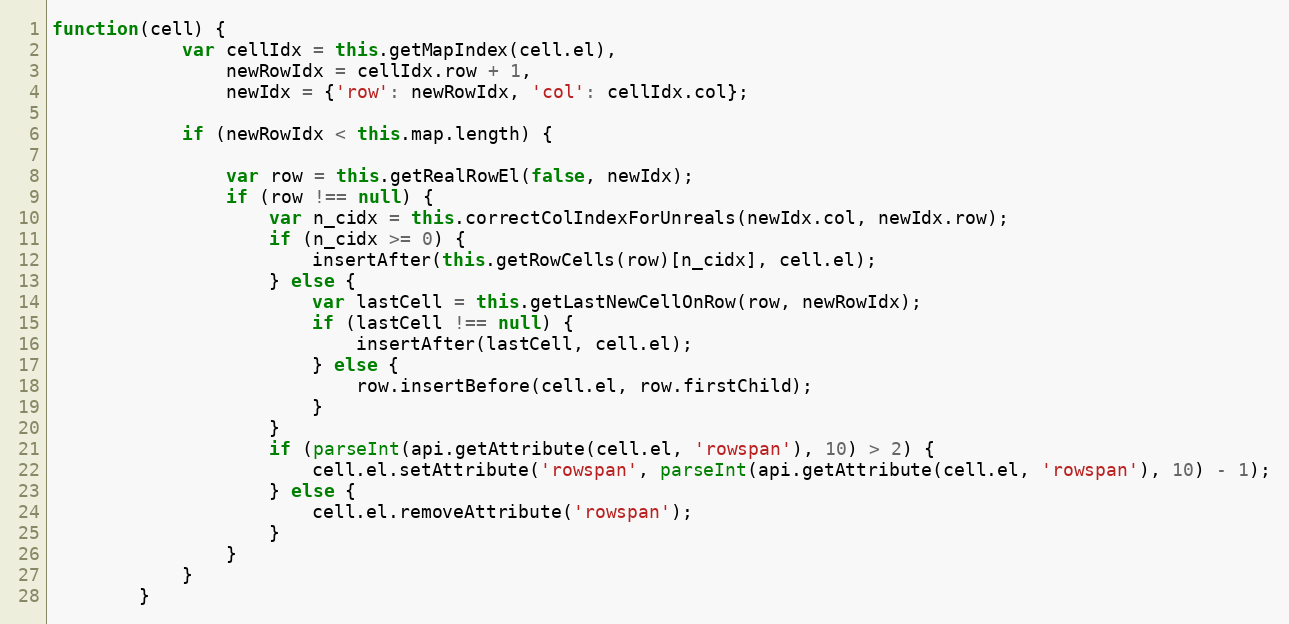
Language: JavaScript
function(cell) {
            var cellIdx = this.getMapIndex(cell.el),
                newRowIdx = cellIdx.row + 1,
                newIdx = {'row': newRowIdx, 'col': cellIdx.col};

            if (newRowIdx < this.map.length) {

                var row = this.getRealRowEl(false, newIdx);
                if (row !== null) {
                    var n_cidx = this.correctColIndexForUnreals(newIdx.col, newIdx.row);
                    if (n_cidx >= 0) {
                        insertAfter(this.getRowCells(row)[n_cidx], cell.el);
                    } else {
                        var lastCell = this.getLastNewCellOnRow(row, newRowIdx);
                        if (lastCell !== null) {
                            insertAfter(lastCell, cell.el);
                        } else {
                            row.insertBefore(cell.el, row.firstChild);
                        }
                    }
                    if (parseInt(api.getAttribute(cell.el, 'rowspan'), 10) > 2) {
                        cell.el.setAttribute('rowspan', parseInt(api.getAttribute(cell.el, 'rowspan'), 10) - 1);
                    } else {
                        cell.el.removeAttribute('rowspan');
                    }
                }
            }
        }